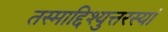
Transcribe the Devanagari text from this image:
तस्माद्दिश्युत्तरस्यां